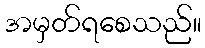
အမှတ်ရစေသည်။